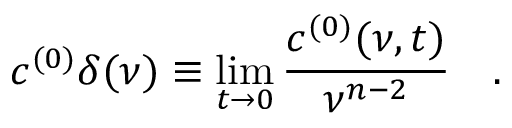
c ^ { ( 0 ) } \delta ( \nu ) \equiv \operatorname * { l i m } _ { t \to 0 } { \frac { c ^ { ( 0 ) } ( \nu , t ) } { \nu ^ { n - 2 } } } \quad .